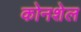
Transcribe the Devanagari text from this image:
कोनशेल